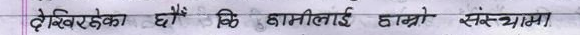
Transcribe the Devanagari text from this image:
देखिरहेका छैं कि छातीलाई हाम्रो संस्थामा